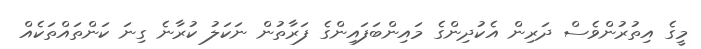
މީގެ އިތުރުންވެސް ދަރިން އެކުދިންގެ މައިންބަފައިންގެ ފަރާތުން ނަކަލު ކުރާނެ ގިނަ ކަންތައްތަކެއް